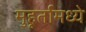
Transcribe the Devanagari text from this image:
मुहूर्तामध्ये